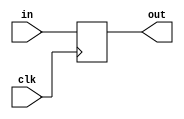
module coreir_reg #(
    parameter width = 1,
    parameter clk_posedge = 1,
    parameter init = 1
) (
    input clk,
    input [width-1:0] in,
    output [width-1:0] out
);
  reg [width-1:0] outReg=init;
  wire real_clk;
  assign real_clk = clk_posedge ? clk : ~clk;
  always @(posedge real_clk) begin
    outReg <= in;
  end
  assign out = outReg;
endmodule

module Register (
    input CLK,
    input I_0_X,
    input [4:0] I_0_Y,
    input I_1_X,
    input [4:0] I_1_Y,
    output O_0_X,
    output [4:0] O_0_Y,
    output O_1_X,
    output [4:0] O_1_Y
);
wire [11:0] reg_P12_inst0_out;
wire [11:0] reg_P12_inst0_in;
assign reg_P12_inst0_in = {I_1_Y,I_1_X,I_0_Y,I_0_X};
coreir_reg #(
    .clk_posedge(1'b1),
    .init(12'h000),
    .width(12)
) reg_P12_inst0 (
    .clk(CLK),
    .in(reg_P12_inst0_in),
    .out(reg_P12_inst0_out)
);
assign O_0_X = reg_P12_inst0_out[0];
assign O_0_Y = {reg_P12_inst0_out[5],reg_P12_inst0_out[4],reg_P12_inst0_out[3],reg_P12_inst0_out[2],reg_P12_inst0_out[1]};
assign O_1_X = reg_P12_inst0_out[6];
assign O_1_Y = {reg_P12_inst0_out[11],reg_P12_inst0_out[10],reg_P12_inst0_out[9],reg_P12_inst0_out[8],reg_P12_inst0_out[7]};
endmodule

module SIPO5 (
    input CLK,
    input I_0_X,
    input [4:0] I_0_Y,
    input I_1_X,
    input [4:0] I_1_Y,
    output O_0_0_X,
    output [4:0] O_0_0_Y,
    output O_0_1_X,
    output [4:0] O_0_1_Y,
    output O_1_0_X,
    output [4:0] O_1_0_Y,
    output O_1_1_X,
    output [4:0] O_1_1_Y,
    output O_2_0_X,
    output [4:0] O_2_0_Y,
    output O_2_1_X,
    output [4:0] O_2_1_Y,
    output O_3_0_X,
    output [4:0] O_3_0_Y,
    output O_3_1_X,
    output [4:0] O_3_1_Y,
    output O_4_0_X,
    output [4:0] O_4_0_Y,
    output O_4_1_X,
    output [4:0] O_4_1_Y
);
wire Register_inst0_O_0_X;
wire [4:0] Register_inst0_O_0_Y;
wire Register_inst0_O_1_X;
wire [4:0] Register_inst0_O_1_Y;
wire Register_inst1_O_0_X;
wire [4:0] Register_inst1_O_0_Y;
wire Register_inst1_O_1_X;
wire [4:0] Register_inst1_O_1_Y;
wire Register_inst2_O_0_X;
wire [4:0] Register_inst2_O_0_Y;
wire Register_inst2_O_1_X;
wire [4:0] Register_inst2_O_1_Y;
wire Register_inst3_O_0_X;
wire [4:0] Register_inst3_O_0_Y;
wire Register_inst3_O_1_X;
wire [4:0] Register_inst3_O_1_Y;
wire Register_inst4_O_0_X;
wire [4:0] Register_inst4_O_0_Y;
wire Register_inst4_O_1_X;
wire [4:0] Register_inst4_O_1_Y;
Register Register_inst0 (
    .CLK(CLK),
    .I_0_X(I_0_X),
    .I_0_Y(I_0_Y),
    .I_1_X(I_1_X),
    .I_1_Y(I_1_Y),
    .O_0_X(Register_inst0_O_0_X),
    .O_0_Y(Register_inst0_O_0_Y),
    .O_1_X(Register_inst0_O_1_X),
    .O_1_Y(Register_inst0_O_1_Y)
);
Register Register_inst1 (
    .CLK(CLK),
    .I_0_X(Register_inst0_O_0_X),
    .I_0_Y(Register_inst0_O_0_Y),
    .I_1_X(Register_inst0_O_1_X),
    .I_1_Y(Register_inst0_O_1_Y),
    .O_0_X(Register_inst1_O_0_X),
    .O_0_Y(Register_inst1_O_0_Y),
    .O_1_X(Register_inst1_O_1_X),
    .O_1_Y(Register_inst1_O_1_Y)
);
Register Register_inst2 (
    .CLK(CLK),
    .I_0_X(Register_inst1_O_0_X),
    .I_0_Y(Register_inst1_O_0_Y),
    .I_1_X(Register_inst1_O_1_X),
    .I_1_Y(Register_inst1_O_1_Y),
    .O_0_X(Register_inst2_O_0_X),
    .O_0_Y(Register_inst2_O_0_Y),
    .O_1_X(Register_inst2_O_1_X),
    .O_1_Y(Register_inst2_O_1_Y)
);
Register Register_inst3 (
    .CLK(CLK),
    .I_0_X(Register_inst2_O_0_X),
    .I_0_Y(Register_inst2_O_0_Y),
    .I_1_X(Register_inst2_O_1_X),
    .I_1_Y(Register_inst2_O_1_Y),
    .O_0_X(Register_inst3_O_0_X),
    .O_0_Y(Register_inst3_O_0_Y),
    .O_1_X(Register_inst3_O_1_X),
    .O_1_Y(Register_inst3_O_1_Y)
);
Register Register_inst4 (
    .CLK(CLK),
    .I_0_X(Register_inst3_O_0_X),
    .I_0_Y(Register_inst3_O_0_Y),
    .I_1_X(Register_inst3_O_1_X),
    .I_1_Y(Register_inst3_O_1_Y),
    .O_0_X(Register_inst4_O_0_X),
    .O_0_Y(Register_inst4_O_0_Y),
    .O_1_X(Register_inst4_O_1_X),
    .O_1_Y(Register_inst4_O_1_Y)
);
assign O_0_0_X = Register_inst0_O_0_X;
assign O_0_0_Y = Register_inst0_O_0_Y;
assign O_0_1_X = Register_inst0_O_1_X;
assign O_0_1_Y = Register_inst0_O_1_Y;
assign O_1_0_X = Register_inst1_O_0_X;
assign O_1_0_Y = Register_inst1_O_0_Y;
assign O_1_1_X = Register_inst1_O_1_X;
assign O_1_1_Y = Register_inst1_O_1_Y;
assign O_2_0_X = Register_inst2_O_0_X;
assign O_2_0_Y = Register_inst2_O_0_Y;
assign O_2_1_X = Register_inst2_O_1_X;
assign O_2_1_Y = Register_inst2_O_1_Y;
assign O_3_0_X = Register_inst3_O_0_X;
assign O_3_0_Y = Register_inst3_O_0_Y;
assign O_3_1_X = Register_inst3_O_1_X;
assign O_3_1_Y = Register_inst3_O_1_Y;
assign O_4_0_X = Register_inst4_O_0_X;
assign O_4_0_Y = Register_inst4_O_0_Y;
assign O_4_1_X = Register_inst4_O_1_X;
assign O_4_1_Y = Register_inst4_O_1_Y;
endmodule

module test_sipo_arr (
    input CLK,
    input I_0_X,
    input [4:0] I_0_Y,
    input I_1_X,
    input [4:0] I_1_Y,
    output O_0_0_X,
    output [4:0] O_0_0_Y,
    output O_0_1_X,
    output [4:0] O_0_1_Y,
    output O_1_0_X,
    output [4:0] O_1_0_Y,
    output O_1_1_X,
    output [4:0] O_1_1_Y,
    output O_2_0_X,
    output [4:0] O_2_0_Y,
    output O_2_1_X,
    output [4:0] O_2_1_Y,
    output O_3_0_X,
    output [4:0] O_3_0_Y,
    output O_3_1_X,
    output [4:0] O_3_1_Y,
    output O_4_0_X,
    output [4:0] O_4_0_Y,
    output O_4_1_X,
    output [4:0] O_4_1_Y
);
wire SIPO5_inst0_O_0_0_X;
wire [4:0] SIPO5_inst0_O_0_0_Y;
wire SIPO5_inst0_O_0_1_X;
wire [4:0] SIPO5_inst0_O_0_1_Y;
wire SIPO5_inst0_O_1_0_X;
wire [4:0] SIPO5_inst0_O_1_0_Y;
wire SIPO5_inst0_O_1_1_X;
wire [4:0] SIPO5_inst0_O_1_1_Y;
wire SIPO5_inst0_O_2_0_X;
wire [4:0] SIPO5_inst0_O_2_0_Y;
wire SIPO5_inst0_O_2_1_X;
wire [4:0] SIPO5_inst0_O_2_1_Y;
wire SIPO5_inst0_O_3_0_X;
wire [4:0] SIPO5_inst0_O_3_0_Y;
wire SIPO5_inst0_O_3_1_X;
wire [4:0] SIPO5_inst0_O_3_1_Y;
wire SIPO5_inst0_O_4_0_X;
wire [4:0] SIPO5_inst0_O_4_0_Y;
wire SIPO5_inst0_O_4_1_X;
wire [4:0] SIPO5_inst0_O_4_1_Y;
SIPO5 SIPO5_inst0 (
    .CLK(CLK),
    .I_0_X(I_0_X),
    .I_0_Y(I_0_Y),
    .I_1_X(I_1_X),
    .I_1_Y(I_1_Y),
    .O_0_0_X(SIPO5_inst0_O_0_0_X),
    .O_0_0_Y(SIPO5_inst0_O_0_0_Y),
    .O_0_1_X(SIPO5_inst0_O_0_1_X),
    .O_0_1_Y(SIPO5_inst0_O_0_1_Y),
    .O_1_0_X(SIPO5_inst0_O_1_0_X),
    .O_1_0_Y(SIPO5_inst0_O_1_0_Y),
    .O_1_1_X(SIPO5_inst0_O_1_1_X),
    .O_1_1_Y(SIPO5_inst0_O_1_1_Y),
    .O_2_0_X(SIPO5_inst0_O_2_0_X),
    .O_2_0_Y(SIPO5_inst0_O_2_0_Y),
    .O_2_1_X(SIPO5_inst0_O_2_1_X),
    .O_2_1_Y(SIPO5_inst0_O_2_1_Y),
    .O_3_0_X(SIPO5_inst0_O_3_0_X),
    .O_3_0_Y(SIPO5_inst0_O_3_0_Y),
    .O_3_1_X(SIPO5_inst0_O_3_1_X),
    .O_3_1_Y(SIPO5_inst0_O_3_1_Y),
    .O_4_0_X(SIPO5_inst0_O_4_0_X),
    .O_4_0_Y(SIPO5_inst0_O_4_0_Y),
    .O_4_1_X(SIPO5_inst0_O_4_1_X),
    .O_4_1_Y(SIPO5_inst0_O_4_1_Y)
);
assign O_0_0_X = SIPO5_inst0_O_0_0_X;
assign O_0_0_Y = SIPO5_inst0_O_0_0_Y;
assign O_0_1_X = SIPO5_inst0_O_0_1_X;
assign O_0_1_Y = SIPO5_inst0_O_0_1_Y;
assign O_1_0_X = SIPO5_inst0_O_1_0_X;
assign O_1_0_Y = SIPO5_inst0_O_1_0_Y;
assign O_1_1_X = SIPO5_inst0_O_1_1_X;
assign O_1_1_Y = SIPO5_inst0_O_1_1_Y;
assign O_2_0_X = SIPO5_inst0_O_2_0_X;
assign O_2_0_Y = SIPO5_inst0_O_2_0_Y;
assign O_2_1_X = SIPO5_inst0_O_2_1_X;
assign O_2_1_Y = SIPO5_inst0_O_2_1_Y;
assign O_3_0_X = SIPO5_inst0_O_3_0_X;
assign O_3_0_Y = SIPO5_inst0_O_3_0_Y;
assign O_3_1_X = SIPO5_inst0_O_3_1_X;
assign O_3_1_Y = SIPO5_inst0_O_3_1_Y;
assign O_4_0_X = SIPO5_inst0_O_4_0_X;
assign O_4_0_Y = SIPO5_inst0_O_4_0_Y;
assign O_4_1_X = SIPO5_inst0_O_4_1_X;
assign O_4_1_Y = SIPO5_inst0_O_4_1_Y;
endmodule